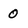
Character: 0